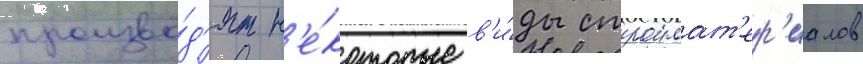
произво́д'ят н'е́которые в'и́ды строимат'ер'иалов